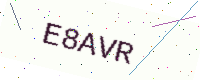
Text: E8AVR